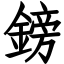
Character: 鎊